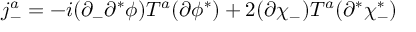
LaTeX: j _ { - } ^ { a } = - i ( \partial _ { - } \partial ^ { * } \phi ) T ^ { a } ( \partial \phi ^ { * } ) + 2 ( \partial \chi _ { - } ) T ^ { a } ( \partial ^ { * } \chi _ { - } ^ { * } )